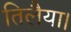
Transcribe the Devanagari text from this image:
तिलैया।